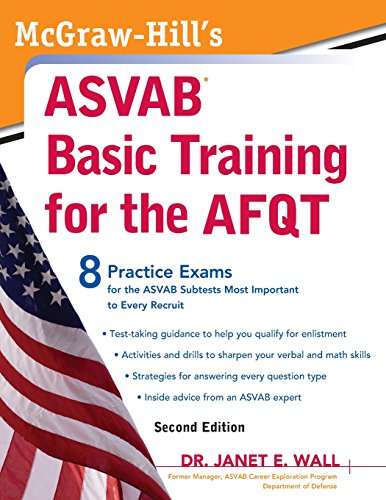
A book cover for McGraw-Hill's ASVAB Basic Training for the AFQT, Second Edition (McGraw-Hill's ASVAB Basic Training for the Afqt (Armed Forces); Dr. Janet Wall; Test Preparation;